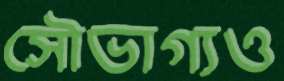
সৌভাগ্যও